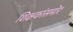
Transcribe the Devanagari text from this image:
शिक्षकांसमोर